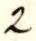
2